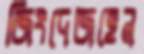
জিংদেজহেন